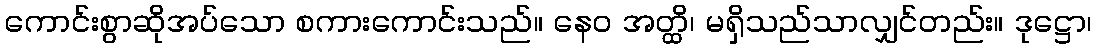
ကောင်းစွာဆိုအပ်သော စကားကောင်းသည်။ နေဝ အတ္ထိ၊ မရှိသည်သာလျှင်တည်း။ ဒုဋ္ဌော၊